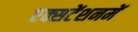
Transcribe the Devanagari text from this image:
एक्सटेंशनमें